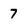
Character: 7